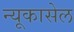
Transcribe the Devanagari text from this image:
न्यूकासेल